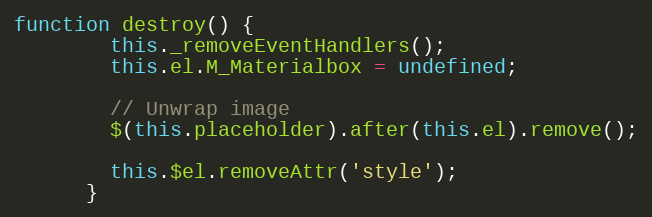
Language: JavaScript
function destroy() {
        this._removeEventHandlers();
        this.el.M_Materialbox = undefined;

        // Unwrap image
        $(this.placeholder).after(this.el).remove();

        this.$el.removeAttr('style');
      }